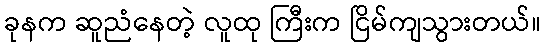
ခုနက ဆူညံနေတဲ့ လူထု ကြီးက ငြိမ်ကျသွားတယ်။